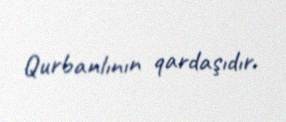
Qurbanlının qardaşıdır.